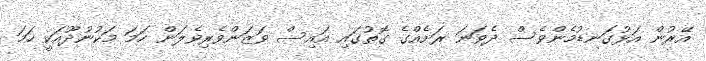
އޭރުން އަޅުގަނޑުމެންވެސް ދެވަނަ ރަށެއްގެ ގޮތުގައި އައިސް ވަޒަންވެރިވެލަން ހަމަ މަކުނުދޫއަކީ ހަމަ